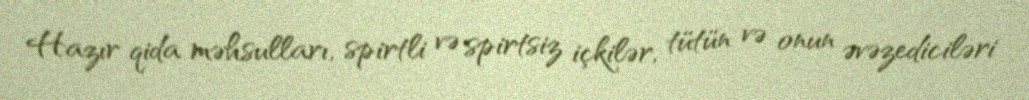
Hazır qida məhsulları, spirtli və spirtsiz içkilər, tütün və onun əvəzediciləri